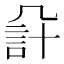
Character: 𧦔